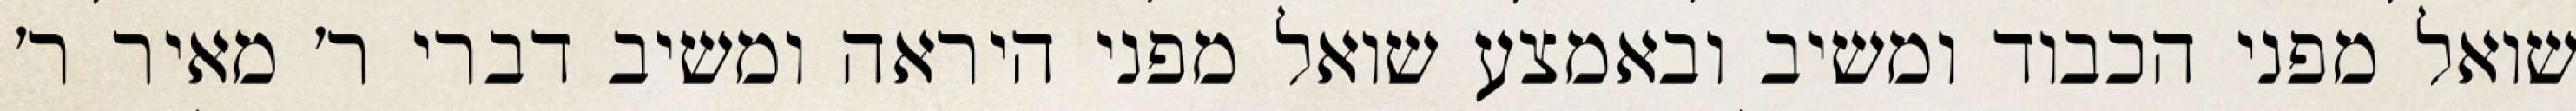
שואל מפני הכבוד ומשיב ובאמצע שואל מפני היראה ומשיב דברי ר׳ מאיר ר׳